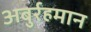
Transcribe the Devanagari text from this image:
अबुर्रहमान